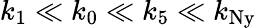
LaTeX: k_{1}\ll k_{0}\ll k_{5}\ll k_{\mathrm{Ny}}